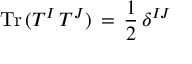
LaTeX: \mathrm { T r } \, ( T ^ { I } \, T ^ { J } ) \, = \, \frac { 1 } { 2 } \, \delta ^ { I J }